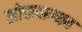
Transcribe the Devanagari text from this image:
लोकबान्धव